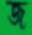
জ